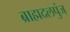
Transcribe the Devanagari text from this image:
ब्राह्मदलपुंज